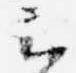
云